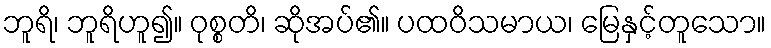
ဘူရိ၊ ဘူရိဟူ၍။ ဝုစ္စတိ၊ ဆိုအပ်၏။ ပထဝိသမာယ၊ မြေနှင့်တူသော။